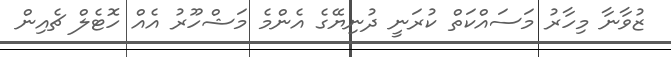
ޒުވާނާ މިހާރު މަސައްކަތް ކުރަނީ ދުނިޔޭގެ އެންމެ މަޝްހޫރު އެއް ހޮޓެލް ޗެއިން